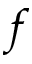
f